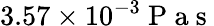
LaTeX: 3.57\times 10^{-3}\mathrm{~P~a~s~}